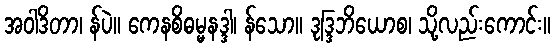
အဝါဒိတာ၊ န်ပဲ။ ကေနစိဓမ္မနဒ္ဒါ၊ န်သော။ ဒုဒ္ဒြဘိယောစ၊ သို့လည်းကောင်း။